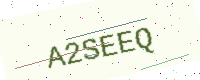
Text: A2SEEQ